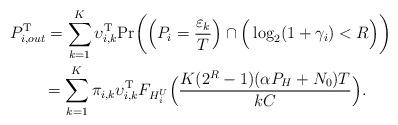
LaTeX: \begin{align*} &P^{\mathrm{T}}_{i,out} = \sum\limits_{k=1}^{K}\upsilon^{\mathrm{T}}_{i,k}\textrm{Pr}\bigg(\Big(P_i = \frac{\varepsilon_k}{T}\Big) \cap \Big(\log_2(1+\gamma_i)<R\Big)\bigg)\\ &~~~~~~= \sum\limits_{k=1}^{K}\pi_{i,k}\upsilon^{\mathrm{T}}_{i,k}F_{H^U_i}\Big(\frac{K(2^{R}-1)(\alpha P_H+N_0)T}{kC}\Big).\\ \end{align*}